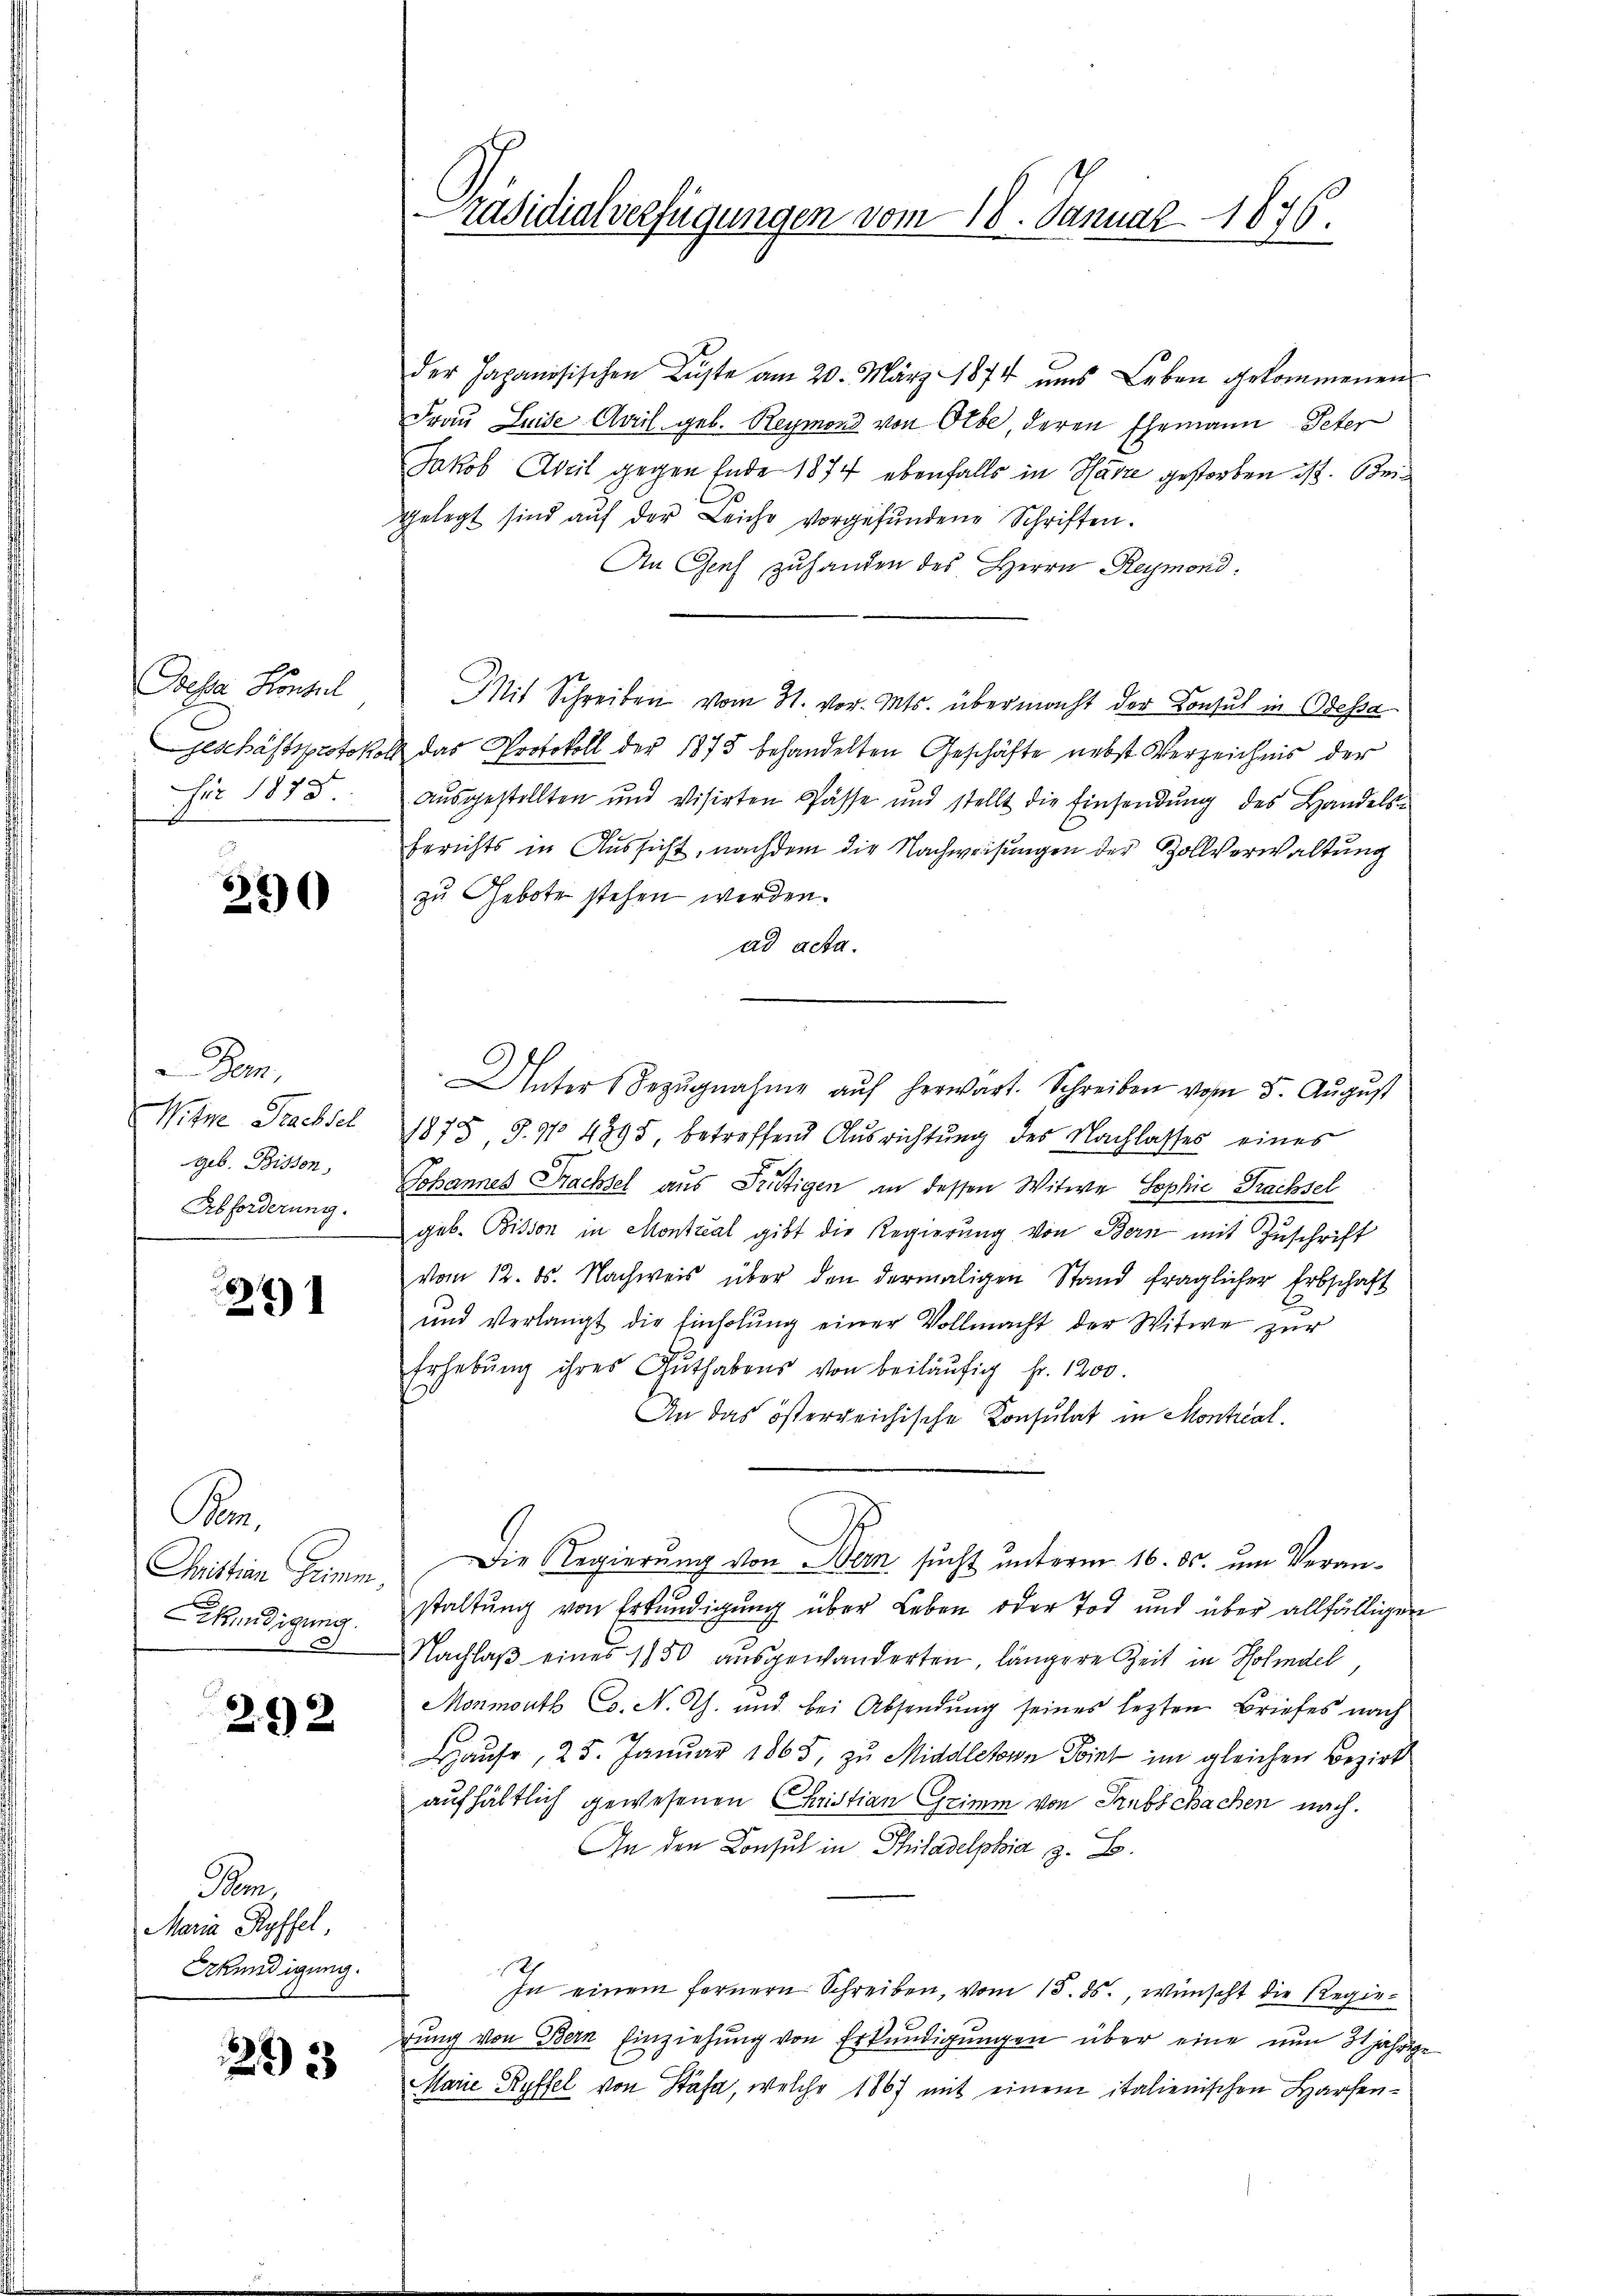
Doese Konsul,
für 1875.

290

Bern,
Witne Trachsel
geb. Bissen,
Abforderung.

1261

Pe
Christian Grimm.
Kündigung.

292

Pam
Maria Ryffel
Erkundigung.

23 33

der Japanisischen Lüfte am 20. März 1874 uns Leben gekommenen
Frau Luise April geb. Reymond von Olbe, deren Ehemann Peter
Jakob Aveil gegen Ende 1874 ebenfalls in Harze gestorben ist. Bei¬
Gelegt sind aŭf der Leiche vorgefŭndene Schriften.
An Genf zuhanden des Herrn Reymond.
Mit Schreiben vom 31. vor. Mts. übermacht der Konsul in Odessa
eschäftsprotokoll das Protokoll der 1873 behandelten Geschäfte nebst Verzeichnis der
ausgestellten und visirten Pässe und stellt die Einsendŭng des Handels-
Berichts in Aussicht, nachdem die Nachweisungen der Zollverwaltung
zu Gebote stehen werden.
ad acta.
Unter Bezŭgnahme aŭf herwart. Schreiben vom 5. Aŭgŭst
1875, S. 11 4895, betreffend Ausrichtung des Nachlasses eines
Johannes Prachsel aus Frutigen in dessen Witwe Sophie Prachsel
geb. Bisson in Montreal gibt die Regierung von Bern mit Zuschrift
vom 12. ds. Nachweis über den dermaligen Stand fraglicher Erbschaft
und verlangt die Einholŭng einer Vollmacht der Witwe zur
Erhebŭng ihres Guthabens von beiläŭfig fr. 1200.
An das österreichische Konsulat in Montral¬
Die Regierung von Bern sucht unterm 16. ds. um Veranstaltung von Erkundigung über Leben oder Tod und über allfälliger
Nachlaß eines 1850 ausgewanderten, längere Zeit in Holidel,
Monmouth C. N. Th. und bei Absendung seines lezten Briefes nach
Hause, 25. Januar 1865, zu Middletern Point im gleichen Bezirk
aufhältlich gewesenen Christian Grimm von Subschachen nach.
An den Konsul in Philadelphia z. B.
In einem fernern Schreiben, vom 15. ds., wünscht die Regierŭng von Bern Einziehŭng von Erkŭndigŭngen über eine nun 21 jährige
Marie Ryffel von Stäfa, welche 1867 mit einem italienischen Harfen¬

räsidialverfügungen vom 18. Januar 1876.